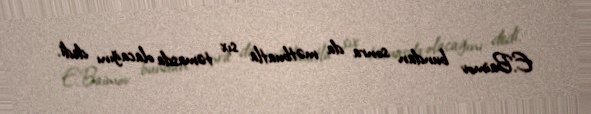
E.Baimov bundan sonra da mətbuatla sıx təmasda olacağını dedi.